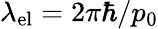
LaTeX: \lambda_{\mathrm{el}}=2\pi\hbar/p_{0}